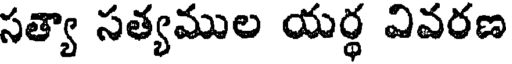
సత్యా సత్యముల యర్ధ వివరణ